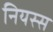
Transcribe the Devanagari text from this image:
नियस्स